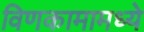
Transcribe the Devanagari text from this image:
विणकामामध्ये